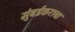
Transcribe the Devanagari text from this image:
मुंबईकराचा